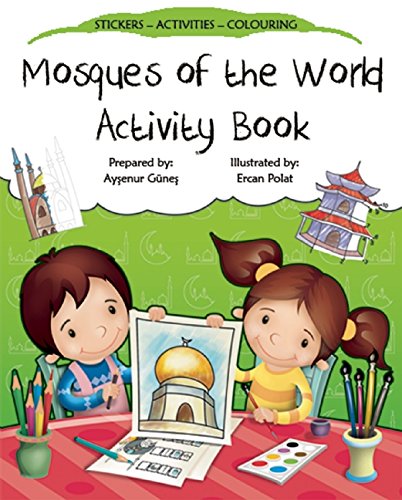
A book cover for Mosques of the World Activity Book (Discover Islam Sticker Activity Books); Aysenur Gunes; Children's Books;